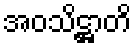
အဝသိဋ္ဌာတိ